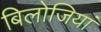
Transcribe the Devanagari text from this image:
बिलोजियां